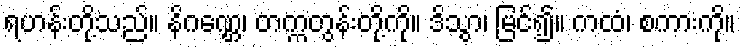
ရဟန်းတို့သည်။ နိဂဏ္ဌေ၊ တက္ကတွန်းတို့ကို။ ဒိသွာ၊ မြင်၍။ ကထံ၊ စကားကို။